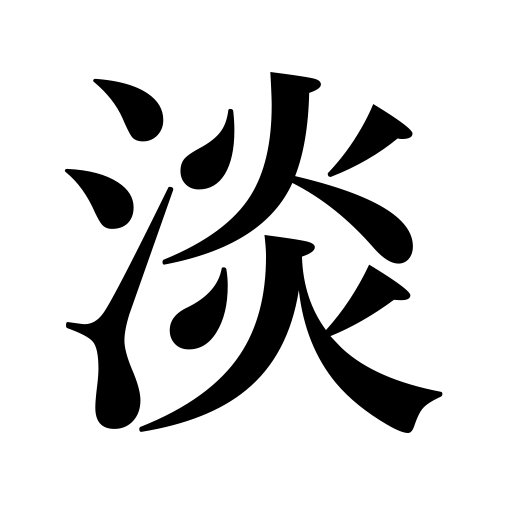
Meanings: fleeting,light,faint,pale,a little